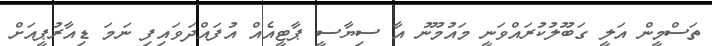
ތަސްމީން އަލީ ގަބޫލުކުރައްވަނީ މައުމޫނު އާ ސިޔާސީ ޕާޓީއެއް އުފައްދަވައިފި ނަމަ ޑިއާރުޕީއަށް